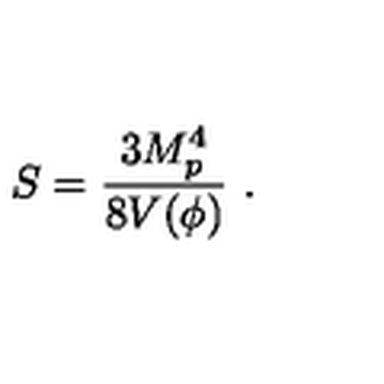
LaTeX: S = { \frac { 3 M _ { p } ^ { 4 } } { 8 V ( \phi ) } } \ .